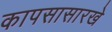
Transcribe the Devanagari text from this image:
कापसासारखे